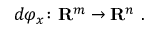
d \varphi _ { x } \colon \mathbf { R } ^ { m } \to \mathbf { R } ^ { n } \ .